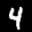
Label: 4